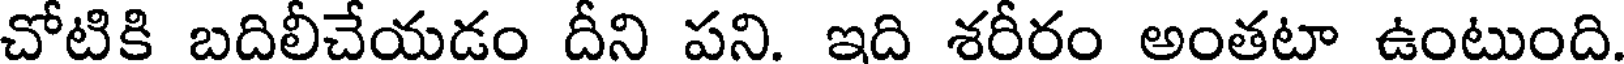
చోటికి బదిలీచేయడం దీని పని. ఇది శరీరం అంతటా ఉంటుంది.